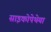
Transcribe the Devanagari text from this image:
साइकोपेथेया